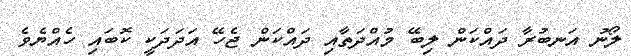
ލޯނު އަނބުރާ ދައްކަން ލިބޭ މުއްދަތާއި ދައްކަން ޖެހޭ އަދަދަކީ ކޮބައި ހެއްޔެވެ